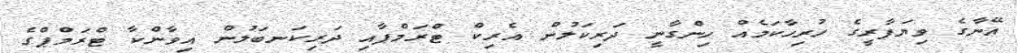
އޭނާގެ ވިޔަފާރީގެ ހުރިހާކަމެއް ހިންގާނީ ދަރިކަލުން އެރިކް ޓްރަމްޕާއި ދަރިކަނބަލުން އިވާންކާ ޓްރަމްޕްގެ